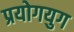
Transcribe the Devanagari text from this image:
प्रयोगयुग